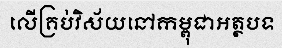
លើគ្រប់វិស័យនៅកម្ពុជាអត្ថបទ